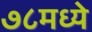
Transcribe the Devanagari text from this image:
७८मध्ये